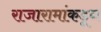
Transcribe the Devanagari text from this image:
राजारामांकडून